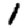
Digit: 1